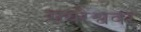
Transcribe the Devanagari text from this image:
रायरेश्ववर